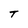
Character: T